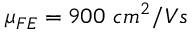
\mu _ { F E } = 9 0 0 \ c m ^ { 2 } / V s